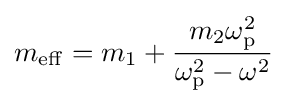
m_{\rm {eff}}=m_{1}+{\frac {m_{2}\omega _{\rm {p}}^{2}}{\omega _{\rm {p}}^{2}-\omega ^{2}}}